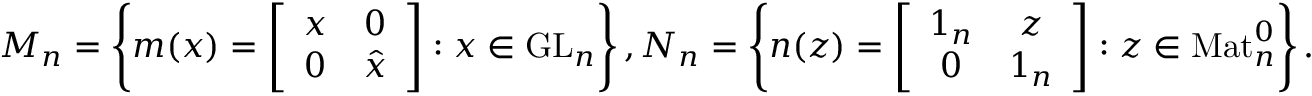
\begin{array} { r } { M _ { n } = \left\{ m ( x ) = \left[ \begin{array} { c c } { x } & { 0 } \\ { 0 } & { \hat { x } } \end{array} \right] : x \in \mathrm { G L } _ { n } \right\} , N _ { n } = \left\{ n ( z ) = \left[ \begin{array} { c c } { 1 _ { n } } & { z } \\ { 0 } & { 1 _ { n } } \end{array} \right] : z \in \mathrm { M a t } _ { n } ^ { 0 } \right\} . } \end{array}